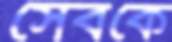
সেবকে